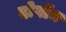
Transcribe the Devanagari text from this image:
दोर्गोन